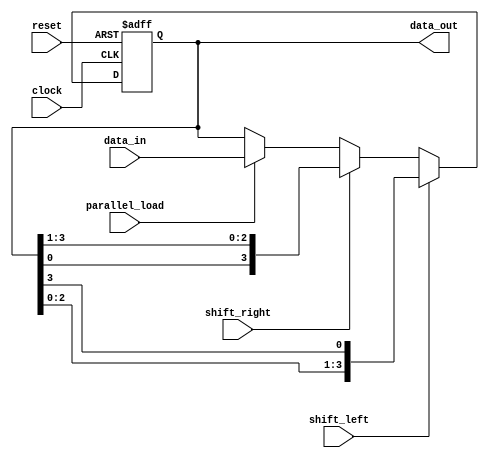
module UniversalShiftRegister (
    input wire [3:0] data_in,
    input wire shift_left,
    input wire shift_right,
    input wire parallel_load,
    input wire clock,
    input wire reset,
    output reg [3:0] data_out
);

reg [3:0] shift_reg;

always @(posedge clock or posedge reset) begin
    if (reset) begin
        shift_reg <= 4'b0000;
    end else begin
        if (shift_left) begin
            shift_reg <= {shift_reg[2:0], shift_reg[3]};
        end else if (shift_right) begin
            shift_reg <= {shift_reg[0], shift_reg[3:1]};
        end else if (parallel_load) begin
            shift_reg <= data_in;
        end
    end
end

assign data_out = shift_reg;

endmodule